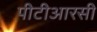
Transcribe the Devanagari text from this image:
पीटीआरसी